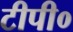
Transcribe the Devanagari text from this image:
टीपी०